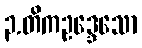
၃.တိကဥဒ္ဒေသော